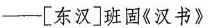
-[东汉]班固《汉书》